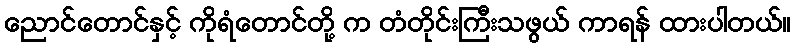
ညောင်တောင်နှင့် ကိုရံတောင်တို့ က တံတိုင်းကြီးသဖွယ် ကာရန် ထားပါတယ်။